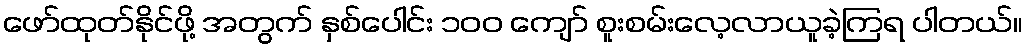
ဖော်ထုတ်နိုင်ဖို့ အတွက် နှစ်ပေါင်း ၁၀၀ ကျော် စူးစမ်းလေ့လာယူခဲ့ကြရ ပါတယ်။